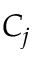
C _ { j }